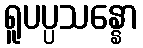
ရူပပ္ပသန္နော